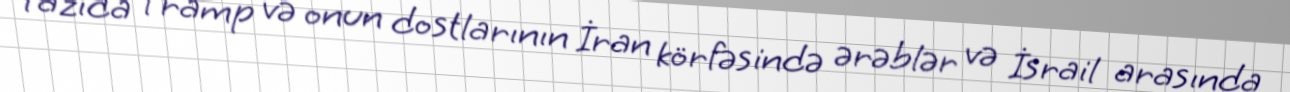
Yazıda Tramp və onun dostlarının İran körfəsində ərəblər və İsrail arasında